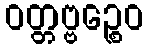
ဝတ္တဗ္ဗဉ္စေဝ